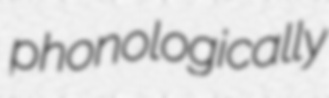
phonologically